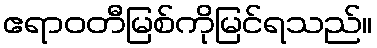
ဧရာဝတီမြစ်ကိုမြင်ရသည်။